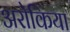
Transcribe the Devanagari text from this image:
अरोकिया